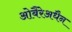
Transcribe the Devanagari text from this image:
ओबैरेअधैन